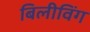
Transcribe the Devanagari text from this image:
बिलीविंग